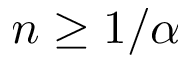
n \ge 1 / \alpha